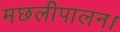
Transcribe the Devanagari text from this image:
मछलीपालन।